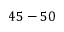
4 5 - 5 0